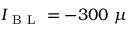
I _ { \mathrm { ~ B ~ L ~ } } = - 3 0 0 ~ \mu